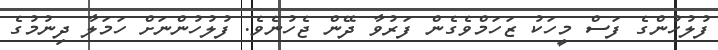
ފުލުހުންގެ ފަސް މީހަކު ޒަހަމްވެގެން ފަރުވާ ދޭން ޖެހުނެވެ. ފުލުހުންނަށް ހަމަލާ ދިނުމުގެ